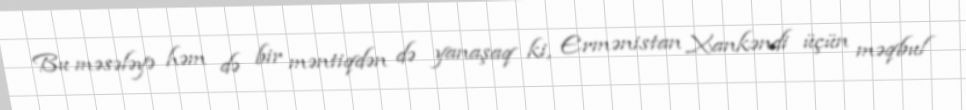
Bu məsələyə həm də bir məntiqdən də yanaşaq ki, Ermənistan Xankəndi üçün məqbul